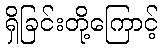
ရှိခြင်းတို့ကြောင့်